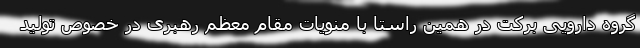
گروه دارویی برکت در همین راستا با منویات مقام معظم رهبری در خصوص تولید